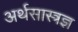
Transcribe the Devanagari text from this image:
अर्थसास्त्रज्ञ